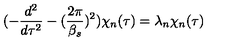
( - \frac { d ^ { 2 } } { d \tau ^ { 2 } } - ( \frac { 2 \pi } { \beta _ { s } } ) ^ { 2 } ) \chi _ { n } ( \tau ) = \lambda _ { n } \chi _ { n } ( \tau )